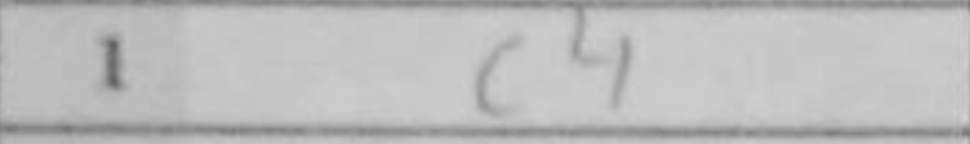
Transcription: c4